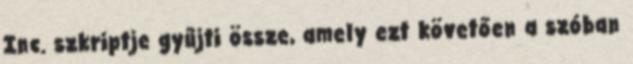
Inc. szkriptje gyűjti össze, amely ezt követően a szóban